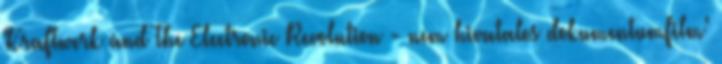
'Kraftwerk and The Electronic Revolution - nem hivatalos dokumentumfilm'